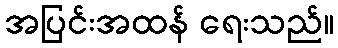
အပြင်းအထန် ရေးသည်။